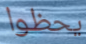
يحظوا